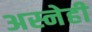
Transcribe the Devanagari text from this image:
अस्नेही